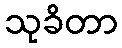
သုခိတာ